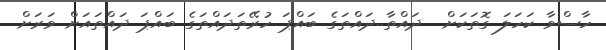
ހާސްވާ ކަހަލަ ގޮތަކަށް  ދައްތާ..ދައްތަގެ ބައްޕަ ހުރޭތަދައްތަގެ ބައްޕަ ދައްތައަށް ވަރަށް